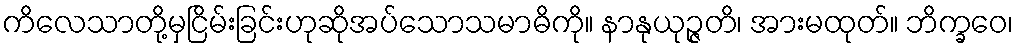
ကိလေသာတို့မှငြိမ်းခြင်းဟုဆိုအပ်သောသမာဓိကို။ နာနုယုဉ္ဇတိ၊ အားမထုတ်။ ဘိက္ခဝေ၊